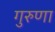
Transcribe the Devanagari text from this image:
गुरुणा